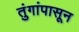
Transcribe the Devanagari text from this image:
तुंगांपासून